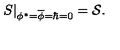
\left. S \right| _ { \phi ^ { \ast } = \overline { { \phi } } = \hbar = 0 } = { \cal S } .